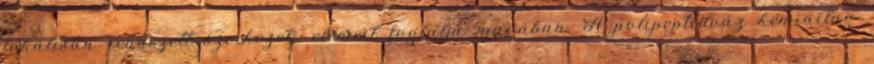
lokálisan rendezett szerkezeti elemeit foglalja magában. A polipeptidváz kémiailag